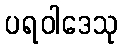
ပရဝါဒေသု